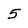
Character: 5